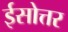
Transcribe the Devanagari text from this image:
ईसोत्तर